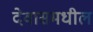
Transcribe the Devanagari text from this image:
देवासमधील